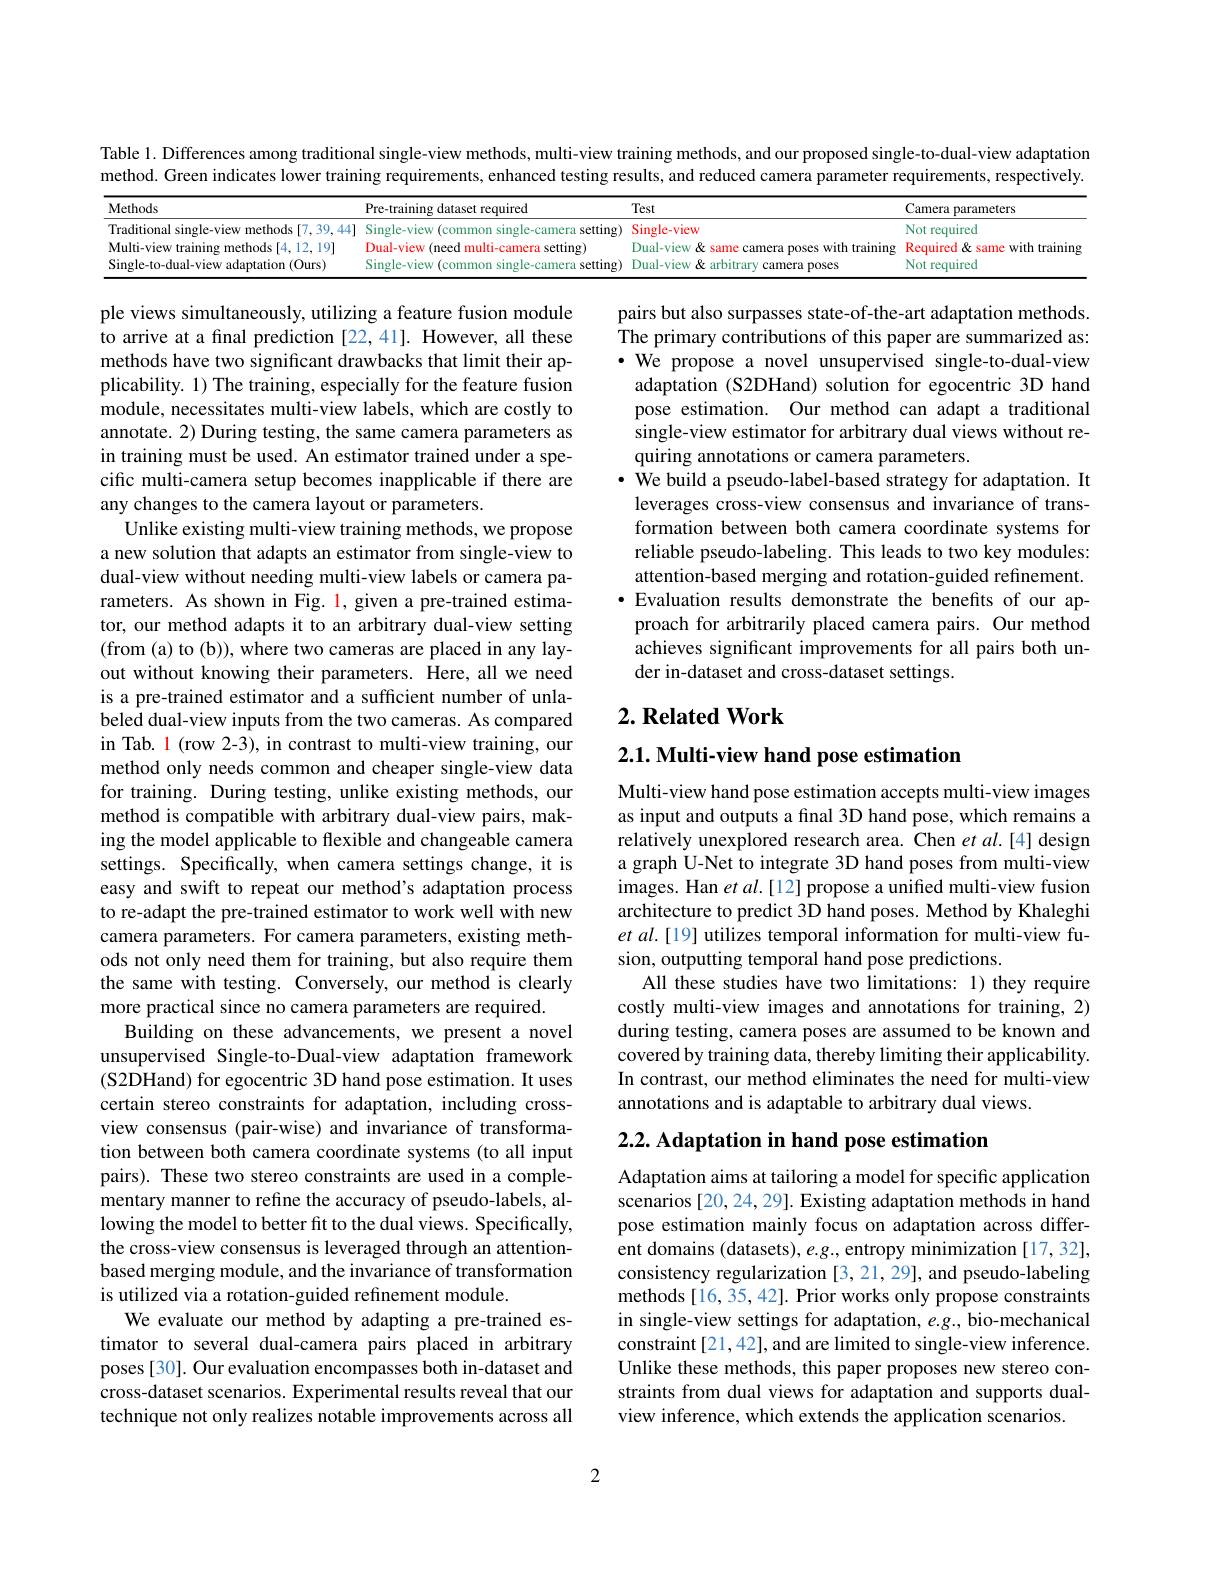
Table 1. Differences among traditional single-view methods, multi-view training methods, and our proposed single-to-dual-view adaptation

method. Green indicates lower training requirements, enhanced testing results, and reduced camera parameter requirements, respectively.
<table>
	<tbody>
		<tr>
			<th>ethods</th>
			<th>Pre-training dataset required</th>
			<th>Test</th>
			<th>Camera parameters</th>
		</tr>
		<tr>
			<td>aditional single-view methods [7,39,44]</td>
			<td>Single-view (common single-camera setting)</td>
			<td>Single-view</td>
			<td>Not required</td>
		</tr>
		<tr>
			<td>ulti-view training methods [4,12,19]</td>
			<td>Dual-view $w($need multi-camera a setting)</td>
			<td>Dual-view& same camera poses with training ,</td>
			<td>Required 8 same with tra</td>
		</tr>
		<tr>
			<td>ngle-to-dual-view adaptation (Ours)</td>
			<td>ettino</td>
			<td>Dual-View $Rr$ arhitrar amera TOSES</td>
			<td>Not required</td>
		</tr>
	</tbody>
</table>

pairs but also surpasses state-of-the-art adaptation methods The primary contributions of this paper are summarized as: $\cdot$ We propose a novel unsupervised single-to-dual-view adaptation (S2DHand) solution for egocentric 3D hand pose estimation. Our method can adapt a traditional single-view estimator for arbitrary dual views without requiring annotations or camera parameters.
We build a pseudo-label-based strategy for adaptation. It leverages cross-view consensus and invariance of transformation between both camera coordinate systems for reliable pseudo-labeling. This leads to two key modules: attention-based merging and rotation-guided refinement.
·Evaluation results demonstrate the benefits of our ap-
proach for arbitrarily placed camera pairs. Our method achieves significant improvements for all pairs both under in-dataset and cross-dataset settings.

## $2. \textbf{Related Work}$

$2. 1. \textbf{Multi- view hand pose estimation}$

ple views simultaneously, utilizing a feature fusion module to arrive at a final prediction [22,41]. However, all these methods have two significant drawbacks that limit their applicability. 1) The training, especially for the feature fusion module, necessitates multi-view labels, which are costly to annotate. 2) During testing, the same camera parameters as in training must be used. An estimator trained under a specific multi-camera setup becomes inapplicable if there are any changes to the camera layout or parameters.
Unlike existing multi-view training methods, we propose a new solution that adapts an estimator from single-view to dual-view without needing multi-view labels or camera parameters. As shown in Fig. l, given a pre-trained estimator, our method adapts it to an arbitrary dual-view setting (from (a) to (b)), where two cameras are placed in any layout without knowing their parameters. Here, all we need is a pre-trained estimator and a sufficient number of unlabeled dual-view inputs from the two cameras. As compared in Tab. $\color{red}1$ (row 2-3), in contrast to multi-view training, our method only needs common and cheaper single-view data for training. During testing, unlike existing methods, our method is compatible with arbitrary dual-view pairs, making the model applicable to flexible and changeable camera settings. Specifically, when camera settings change, it is easy and swift to repeat our method's adaptation process to re-adapt the pre-trained estimator to work well with new camera parameters. For camera parameters, existing methods not only need them for training, but also require them the same with testing. Conversely, our method is clearly more practical since no camera parameters are required.
Building on these advancements, we present a novel unsupervised Single-to-Dual-view adaptation framework (S2DHand) for egocentric 3D hand pose estimation. It uses certain stereo constraints for adaptation, including crossview consensus (pair-wise) and invariance of transformation between both camera coordinate systems (to all input pairs). These two stereo constraints are used in a complementary manner to refine the accuracy of pseudo-labels, allowing the model to better fit to the dual views. Specifically, the cross-view consensus is leveraged through an attentionbased merging module, and the invariance of transformation is utilized via a rotation-guided refinement module
We evaluate our method by adapting a pre-trained estimator to several dual-camera pairs placed in arbitrary poses [30]. Our evaluation encompasses both in-dataset and cross-dataset scenarios. Experimental results reveal that our technique not only realizes notable improvements across all

Multi-view hand pose estimation accepts multi-view images as input and outputs a final 3D hand pose, which remains a relatively unexplored research area. Chen $etal.[4]$ design a graph U-Net to integrate 3D hand poses from multi-view images. Han $etal.[12]$ propose a unified multi-view fusion architecture to predict 3D hand poses. Method by Khaleghi $etal.[19]$ utilizes temporal information for multi-view fusion, outputting temporal hand pose predictions.
All these studies have two limitations: 1) they require costly multi-view images and annotations for training, 2) during testing, camera poses are assumed to be known and covered by training data, thereby limiting their applicability. In contrast, our method eliminates the need for multi-view annotations and is adaptable to arbitrary dual views.

2.2. Adaptation in hand pose estimation

Adaptation aims at tailoring a model for specific application scenarios [20, 24, 29]. Existing adaptation methods in hand pose estimation mainly focus on adaptation across different domains (datasets), e.g., entropy minimization [17,32], consistency regularization [3,21,29], and pseudo-labeling methods [16,35,42]. Prior works only propose constraints in single-view settings for adaptation, e.g., bio-mechanical constraint[21,42], and are limited to single-view inference. Unlike these methods, this paper proposes new stereo constraints from dual views for adaptation and supports dualview inference, which extends the application scenarios.

2